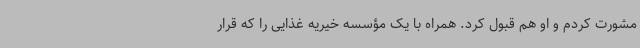
مشورت کردم و او هم قبول کرد. همراه با یک مؤسسه خیریه غذایی را که قرار